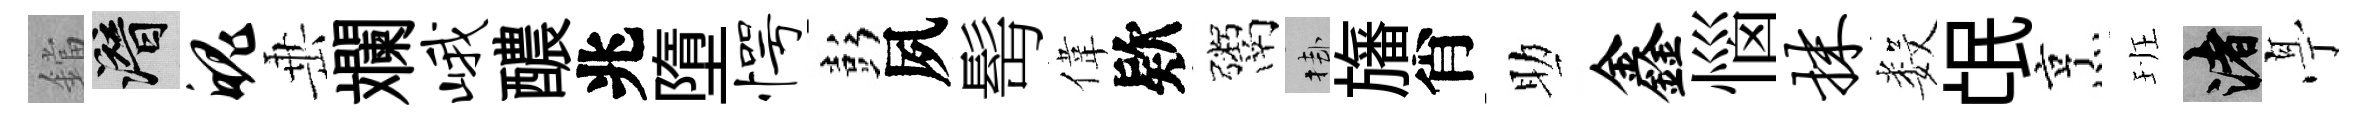
鐺潜魄𡸁斕峨醲兆墮愕彭夙髩偉欵鬻挂旛肖助鑫惱抹数氓烹班渚𠅘